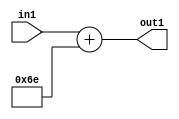
`timescale 1ps / 1ps
/*****************************************************************************
    Verilog RTL Description
    
    
    Created by: Stratus DpOpt 2019.1.01 
*******************************************************************************/

module DC_Filter_Add_12U_225_1 (
	in1,
	out1
	); /* architecture "behavioural" */ 
input [11:0] in1;
output [11:0] out1;
wire [11:0] asc001;

assign asc001 = 
	+(in1)
	+(12'B000001101110);

assign out1 = asc001;
endmodule

/* CADENCE  urnzTww= : u9/ySgnWtBlWxVPRXgAZ4Og= ** DO NOT EDIT THIS LINE ******/